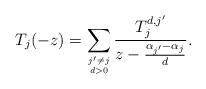
LaTeX: \begin{align*}T_j(-z)=\sum_{j'\neq j \atop d>0}\frac{T_j^{d,j'}}{z-\frac{\alpha_{j'}-\alpha_{j}}{d}}.\end{align*}